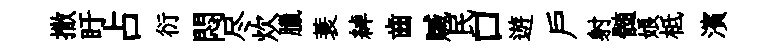
撒盱占衍悶尽炊臘蓑綽齒贓民口遊户射髄娘柢濱